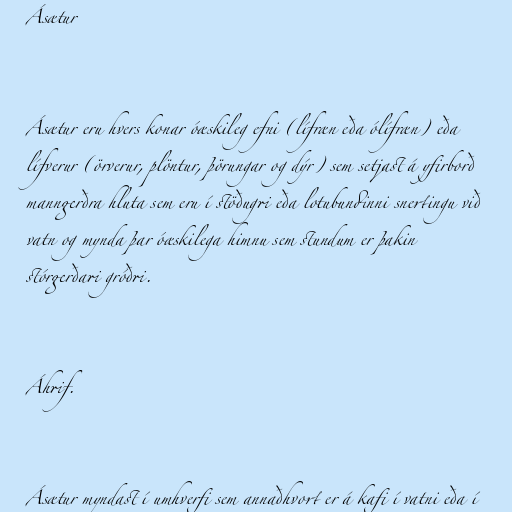
Ásætur

Ásætur eru hvers konar óæskileg efni (lífræn eða ólífræn) eða
lífverur (örverur, plöntur, þörungar og dýr) sem setjast á yfirborð
manngerðra hluta sem eru í stöðugri eða lotubundinni snertingu við
vatn og mynda þar óæskilega himnu sem stundum er þakin
stórgerðari gróðri.

Áhrif.

Ásætur myndast í umhverfi sem annaðhvort er á kafi í vatni eða í